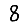
Digit: 8